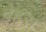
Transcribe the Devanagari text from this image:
बेहरा